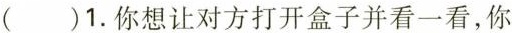
( )1.你想让对方打开盒子并看一看，